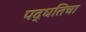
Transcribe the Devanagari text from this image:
पद्धतिचा